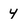
Character: 4